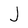
Character: J